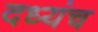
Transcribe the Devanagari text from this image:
दध्यंच